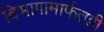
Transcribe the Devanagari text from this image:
विभागामार्फतही